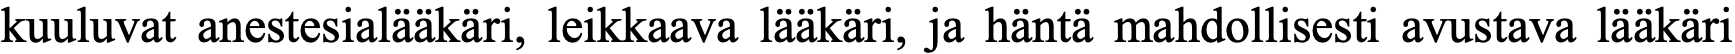
kuuluvat anestesialääkäri, leikkaava lääkäri, ja häntä mahdollisesti avustava lääkäri